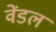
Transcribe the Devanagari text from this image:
वेंडल